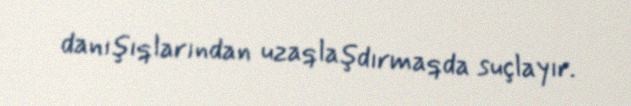
danışıqlarından uzaqlaşdırmaqda suçlayır.